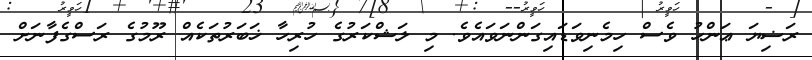
ރަޟިޔަ ޢަންހު ވެސް ހިމެނިވަޑައިގަންނަވައެވެ. މި ލަޝްކަރުގެ ހުރިހާ ޚަބަރުތަކެއް ރޫމުގެ ރަސްގެފާނަށް